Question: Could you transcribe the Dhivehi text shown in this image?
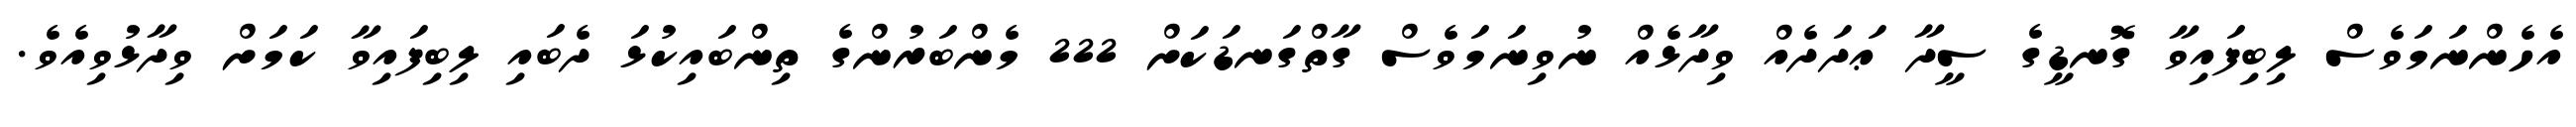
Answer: އެހެންނަމަވެސް ލިބިފައިވާ ގޮނޑީގެ ސީދާ ޢަދަދެއް ވިދާޅެއް ނުވިނަމަވެސް ގާތްގަނޑަކަށް 222 މެންބަރުންގެ ތިންބައިކުޅަ ދެބައި ލިބިފައިވާ ކަމަށް ވިދާޅުވިއެވެ.